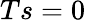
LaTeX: Ts=0